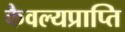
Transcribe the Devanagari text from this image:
कैवल्यप्राप्ति